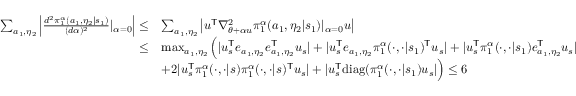
\begin{array} { r l } { \sum _ { a _ { 1 } , \eta _ { 2 } } \left| \frac { d ^ { 2 } \pi _ { 1 } ^ { \alpha } ( a _ { 1 } , \eta _ { 2 } | s _ { 1 } ) } { ( d \alpha ) ^ { 2 } } | _ { \alpha = 0 } \right| \le } & { \sum _ { a _ { 1 } , \eta _ { 2 } } \left| u ^ { \mathsf T } \nabla _ { \theta + \alpha u } ^ { 2 } \pi _ { 1 } ^ { \alpha } ( a _ { 1 } , \eta _ { 2 } | s _ { 1 } ) | _ { \alpha = 0 } u \right| } \\ { \le } & { \operatorname* { m a x } _ { a _ { 1 } , \eta _ { 2 } } \Big ( | u _ { s } ^ { \mathsf T } e _ { a _ { 1 } , \eta _ { 2 } } e _ { a _ { 1 } , \eta _ { 2 } } ^ { \mathsf T } u _ { s } | + | u _ { s } ^ { \mathsf T } e _ { a _ { 1 } , \eta _ { 2 } } \pi _ { 1 } ^ { \alpha } ( \cdot , \cdot | s _ { 1 } ) ^ { \mathsf T } u _ { s } | + | u _ { s } ^ { \mathsf T } \pi _ { 1 } ^ { \alpha } ( \cdot , \cdot | s _ { 1 } ) e _ { a _ { 1 } , \eta _ { 2 } } ^ { \mathsf T } u _ { s } | } \\ & { + 2 | u _ { s } ^ { \mathsf T } \pi _ { 1 } ^ { \alpha } ( \cdot , \cdot | s ) \pi _ { 1 } ^ { \alpha } ( \cdot , \cdot | s ) ^ { \mathsf T } u _ { s } | + | u _ { s } ^ { \mathsf T } \mathrm { d i a g } ( \pi _ { 1 } ^ { \alpha } ( \cdot , \cdot | s _ { 1 } ) u _ { s } | \Big ) \le 6 } \end{array}